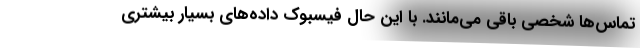
تماس‌ها شخصی باقی می‌مانند. با این حال فیسبوک داده‌های بسیار بیشتری